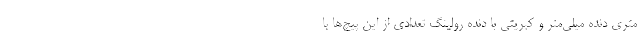
متری دنده میلی‌متر و کبریتی با دنده رولینگ تعدادی از این پیچ‌ها با